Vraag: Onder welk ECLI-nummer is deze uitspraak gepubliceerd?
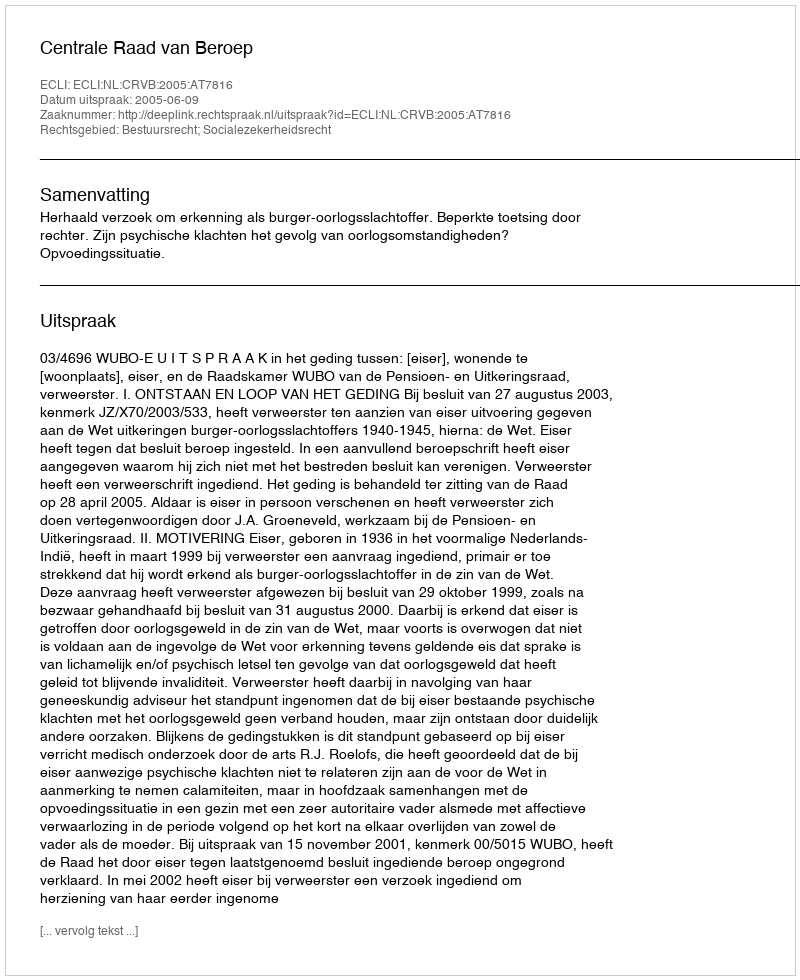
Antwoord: ECLI:NL:CRVB:2005:AT7816